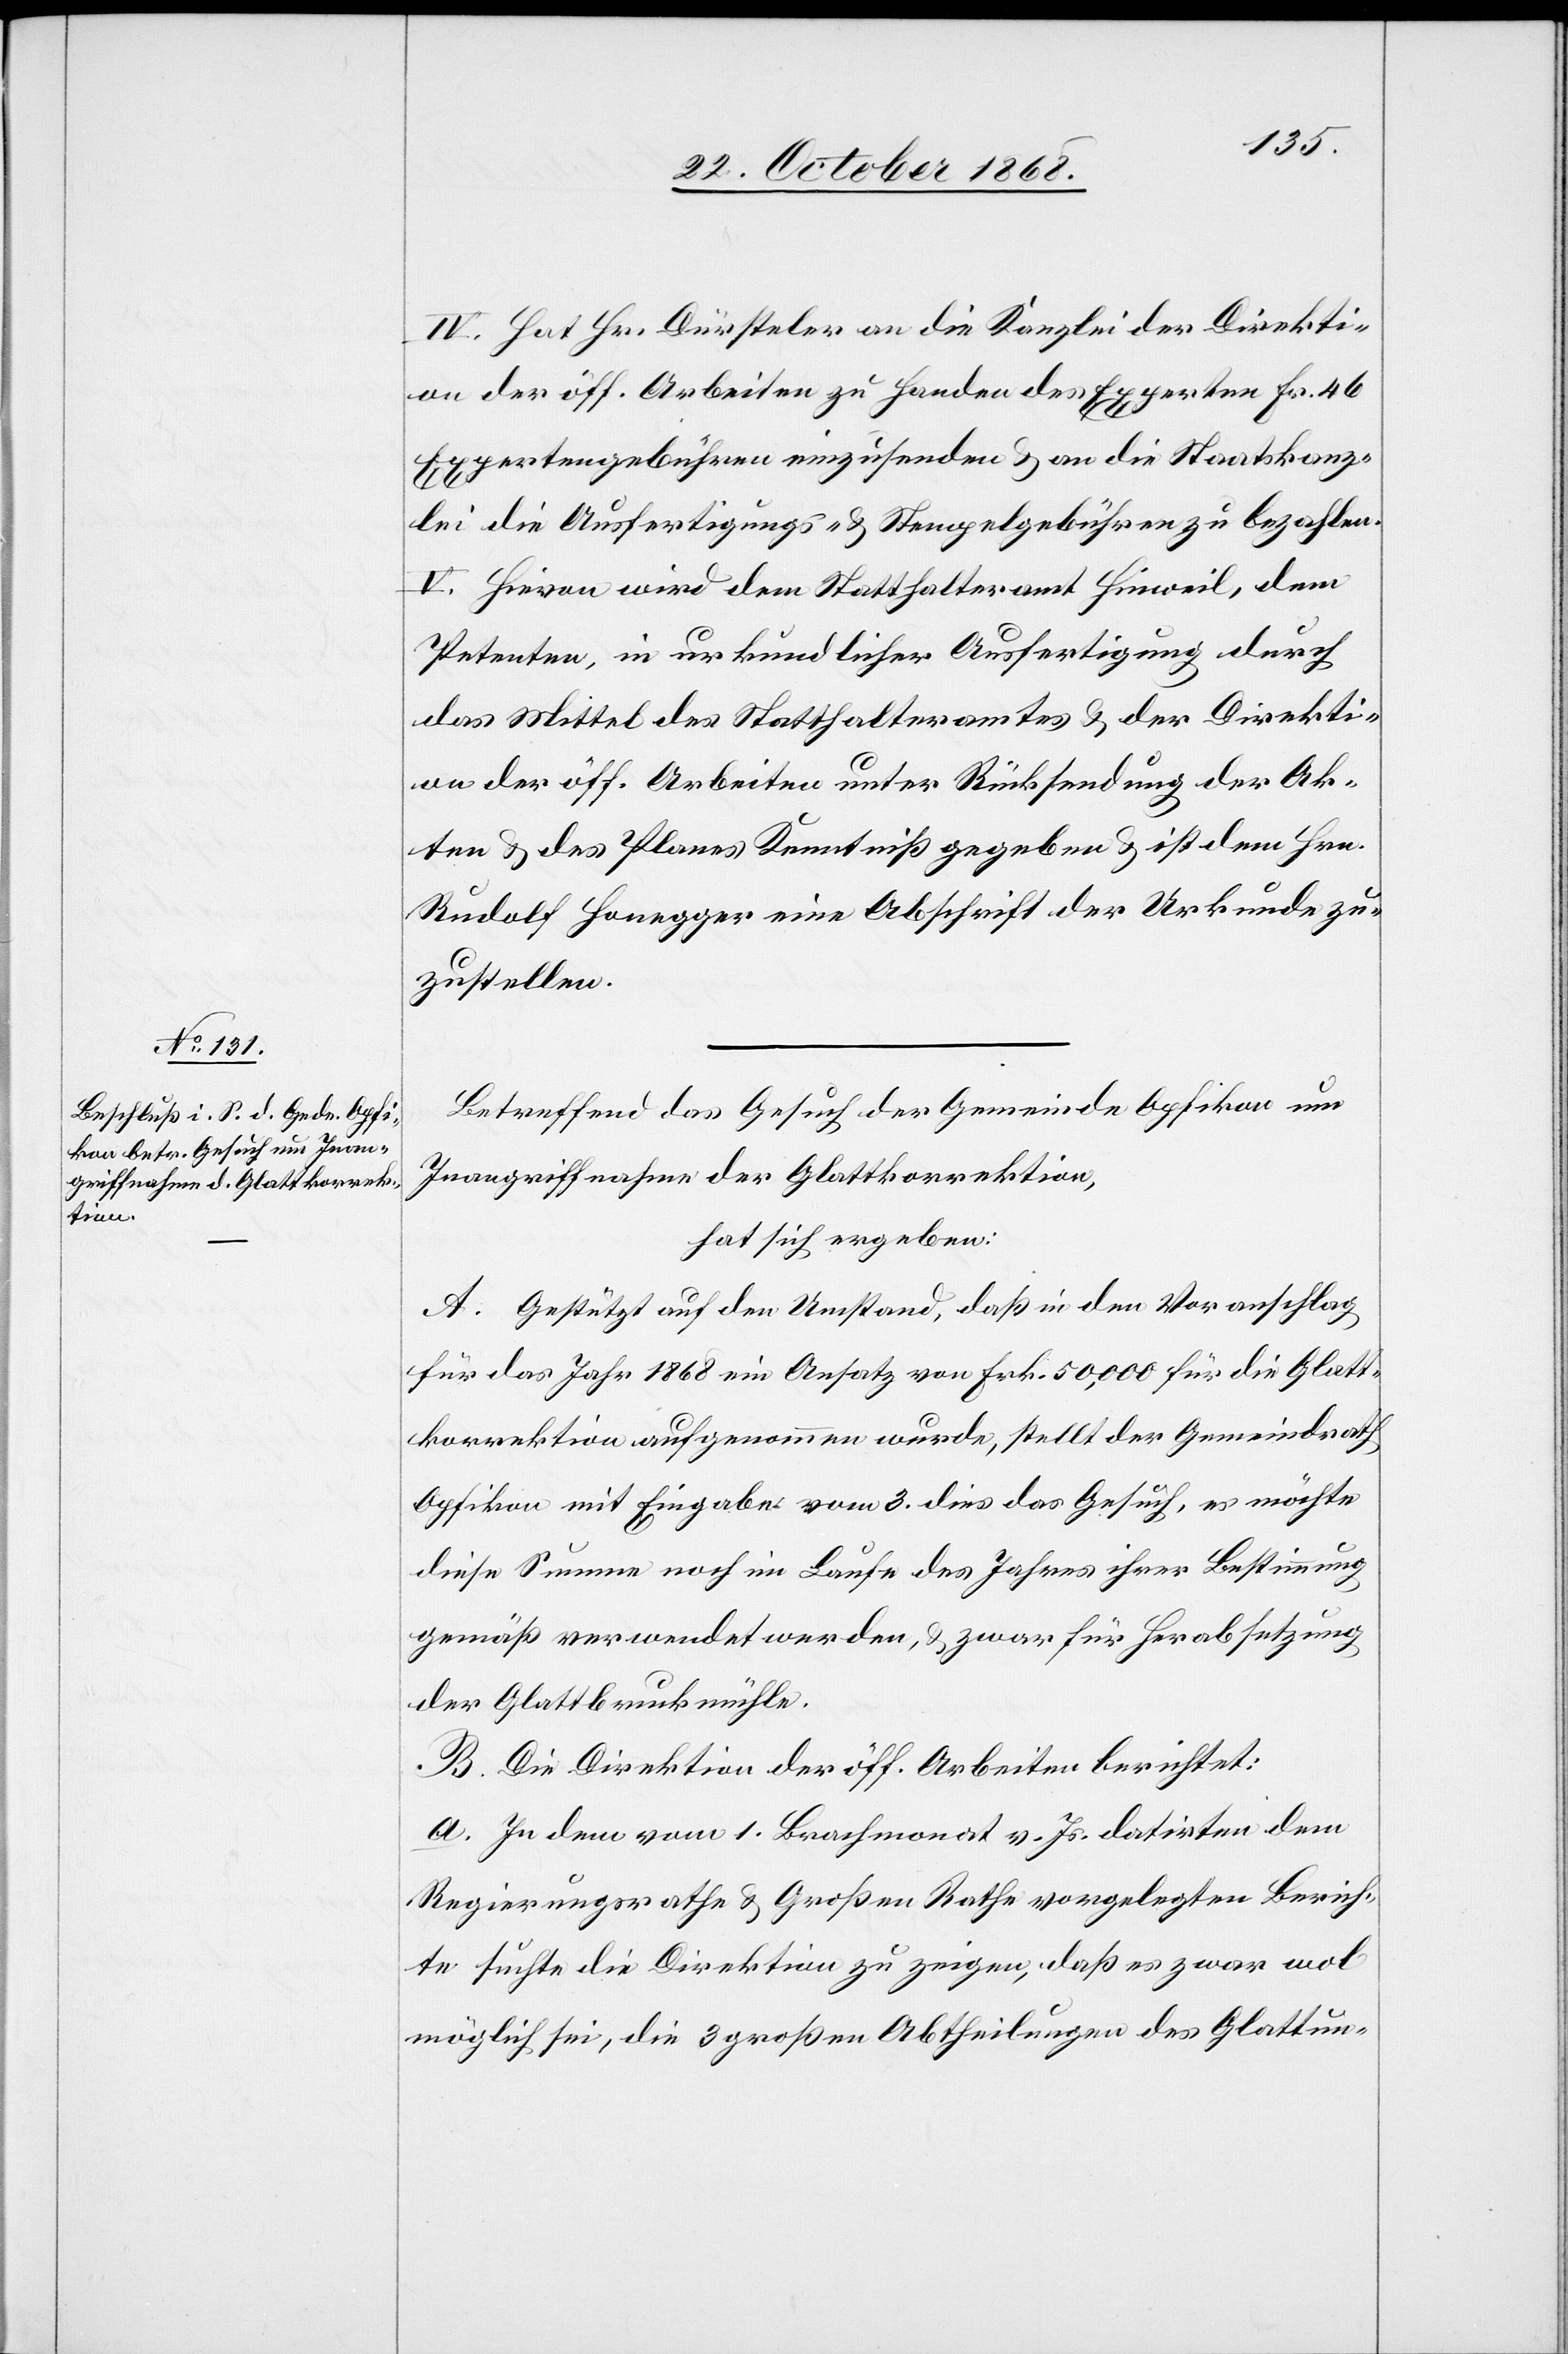
IV. Hat Hr. Dürsteler an die Kanzlei der Direkti¬
on der öff. Arbeiten zu Handen des Experten Fr. 46
Expertengebühren einzusenden & an die Staatskanz¬
lei die Ausfertigungs- & Stempelgebühren zu bezahlen.
V. Hievon wird dem Statthalteramt Hinweil, dem
Petenten, in urkundlicher Ausfertigung durch
das Mittel des Statthalteramtes & der Direkti¬
on der öff. Arbeiten unter Rücksendung der Ak¬
ten & des Planes Kenntniß gegeben & ist dem Hrn.
Rudolf Honegger eine Abschrift der Urkunde zu¬
zustellen.
Betreffend das Gesuch der Gemeinde Opfikon um
Inangriffnahme der Glattkorrektion,
hat sich ergeben:
A. Gestützt auf den Umstand, daß in den Voranschlag
für das Jahr 1868 ein Ansatz von Frk. 50,000 für die Glatt¬
korrektion aufgenommen wurde, stellt der Gemeindrath
Opfikon mit Eingabe vom 3. dies das Gesuch, es möchte
diese Summe noch im Laufe des Jahres ihrer Bestimmung
gemäß verwendet werden, & zwar für Herabsetzung
der Glattbruckmühle.
B. Die Direktion der öff. Arbeiten berichtet:
a. In dem vom 1. Brachmonat v. Js. datirten dem
Regierungsrathe & Großen Rathe vorgelegten Berich¬
te suchte die Direktion zu zeigen, daß es zwar wol
möglich sei, die 3 großen Abtheilungen des Glattun-